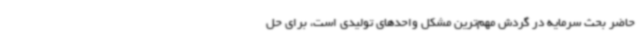
حاضر بحث سرمایه در گردش مهم‌ترین مشکل واحدهای تولیدی است، برای حل